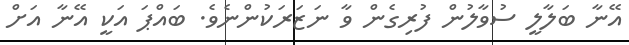
އޭނާ ބަލާލީ ސުވާލުން ފުރިގެން ވާ ނަޒަރަކުންނެވެ. ބައްޕަ އަކީ އޭނާ އަށް